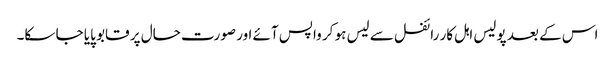
اس کے بعد پولیس اہل کار رائفل سے لیس ہو کر واپس آئے اور صورت حال پر قابو پایا جا سکا۔